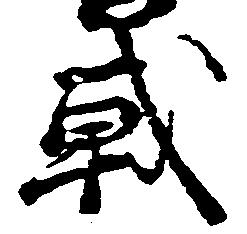
戦